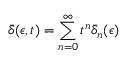
\bar { \delta } ( \epsilon , t ) = \sum _ { n = 0 } ^ { \infty } t ^ { n } \bar { \delta } _ { n } ( \epsilon )